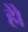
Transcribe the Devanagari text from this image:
होे